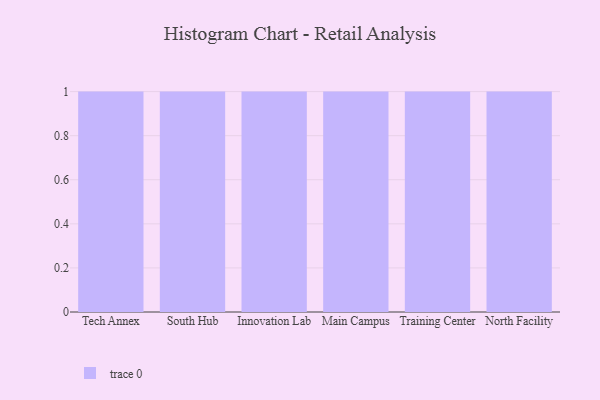
{"axis": {"x": "Campus", "y": "Latency (ms)"}, "legend": [""], "data": [{"x": "Tech Annex", "y": 35, "type": ""}, {"x": "South Hub", "y": 12, "type": ""}, {"x": "Innovation Lab", "y": 99, "type": ""}, {"x": "Main Campus", "y": 20, "type": ""}, {"x": "Training Center", "y": 16, "type": ""}, {"x": "North Facility", "y": 62, "type": ""}]}